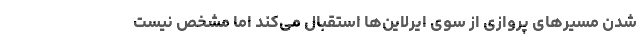
شدن مسیرهای پروازی از سوی ایرلاین‌ها استقبال می‌کند اما مشخص نیست